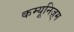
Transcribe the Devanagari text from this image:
कम्यूनिज़्म